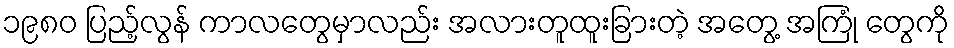
၁၉၈၀ ပြည့်လွန် ကာလတွေမှာလည်း အလားတူထူးခြားတဲ့ အတွေ့ အကြုံ တွေကို